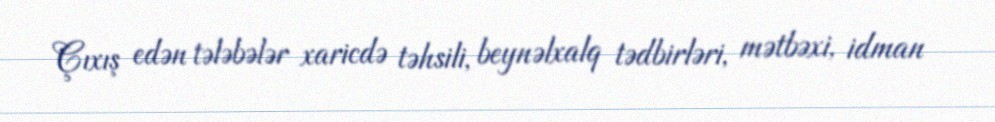
Çıxış edən tələbələr xaricdə təhsili, beynəlxalq tədbirləri, mətbəxi, idman